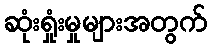
ဆုံးရှုံးမှုများအတွက်